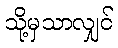
သို့မှသာလျှင်